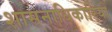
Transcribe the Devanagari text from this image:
शासनाधिकारियों